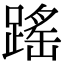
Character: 䠛